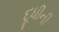
દૂધીની